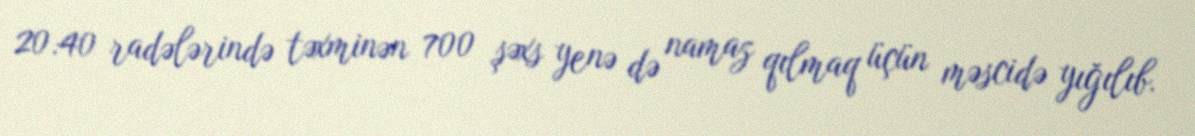
20:40 radələrində təxminən 700 şəxs yenə də namaz qılmaq üçün məscidə yığılıb.